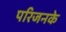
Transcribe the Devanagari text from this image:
परिजनके